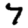
Digit: 7